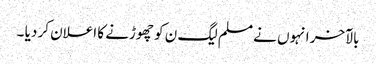
بالآخر انہوں نے مسلم لیگ ن کو چھوڑنے کا اعلان کر دیا ۔